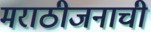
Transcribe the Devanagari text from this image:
मराठीजनाची